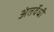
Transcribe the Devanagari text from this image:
अंतर्वेधी